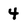
Character: 4